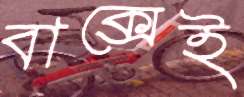
বাক্সেই